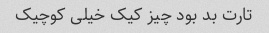
تارت بد بود چیز کیک خیلی کوچیک